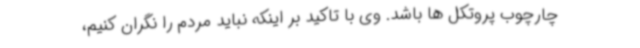
چارچوب پروتکل ها باشد. وی با تاکید بر اینکه نباید مردم را نگران کنیم،